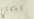
نصلح